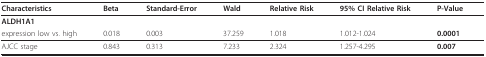
| Characteristics | Beta | Standard-Error | Wald | Relative Risk | 95% CI Relative Risk | P-Value |
 | --- | --- | --- | --- | --- | --- | --- |
 | ALDH1A1 |  |  |  |  |  |  |
 | expression low vs. high | 0.018 | 0.003 | 37.259 | 1.018 | 1.012-1.024 | 0.0001 |
 | AJCC stage | 0.843 | 0.313 | 7.233 | 2.324 | 1.257-4.295 | 0.007 |